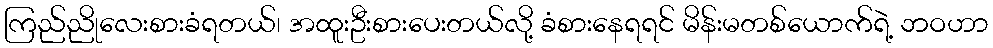
ကြည်ညိုလေးစားခံရတယ်၊ အထူးဦးစားပေးတယ်လို့ ခံစားနေရရင် မိန်းမတစ်ယောက်ရဲ့ ဘဝဟာ